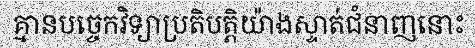
គ្មានបច្ចេកវិទ្យាប្រតិបត្តិយ៉ាងស្ទាត់ជំនាញនោះ